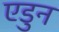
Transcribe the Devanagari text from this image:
एडुन